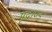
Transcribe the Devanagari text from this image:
मृद्भाण्डं